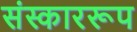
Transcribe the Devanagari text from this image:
संस्काररूप